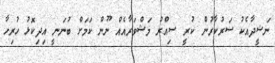
ނަޝީދާއެކު ސަރުކާރުން ކުރީ ސިއްރު މަޝްވަރާއެއް ނޫން ކަމަށް ބުނަނީ އިދިކޮޅު ހުރިހާ